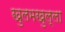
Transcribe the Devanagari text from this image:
खुलमखुल्ला